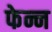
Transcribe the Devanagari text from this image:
फेन्न